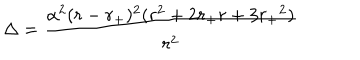
LaTeX: \Delta = \frac { \alpha ^ { 2 } ( r - { r _ { + } } ) ^ { 2 } ( r ^ { 2 } + 2 r _ { + } r + 3 { r _ { + } } ^ { 2 } ) } { r ^ { 2 } }